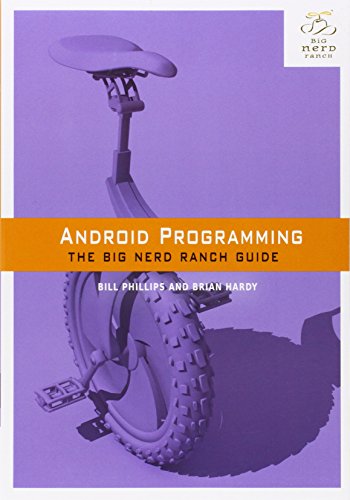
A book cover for Android Programming: The Big Nerd Ranch Guide (Big Nerd Ranch Guides); Bill Phillips; Computers & Technology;